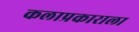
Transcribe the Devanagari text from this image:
कलाप्रकाराला